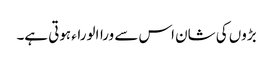
بڑوں کی شان اس سے وراالوراء ہوتی ہے۔